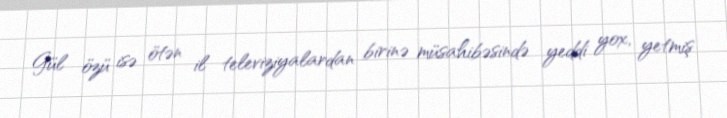
Gül özü isə ötən il televiziyalardan birinə müsahibəsində yeddi yox, yetmiş